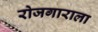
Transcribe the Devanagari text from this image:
रोजगाराला